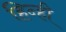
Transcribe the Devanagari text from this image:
हिन्ही